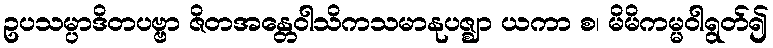
ဥပသမ္ပာဒိတပဗ္ဗာ ဇိတအန္တေဝါသိကသမာနုပဇ္ဈာ ယကာ စ၊ မိမိကမ္မဝါရွတ်၍